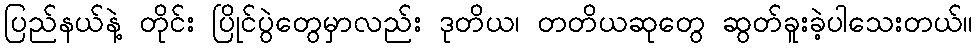
ပြည်နယ်နဲ့ တိုင်း ပြိုင်ပွဲတွေမှာလည်း ဒုတိယ၊ တတိယဆုတွေ ဆွတ်ခူးခဲ့ပါသေးတယ်။